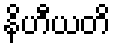
နိဟီယတိ